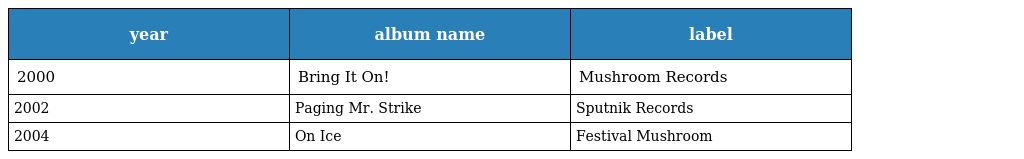
| year | album name | label |
 | --- | --- | --- |
 | 2000 | Bring It On! | Mushroom Records |
 | 2002 | Paging Mr. Strike | Sputnik Records |
 | 2004 | On Ice | Festival Mushroom |